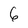
Character: 6